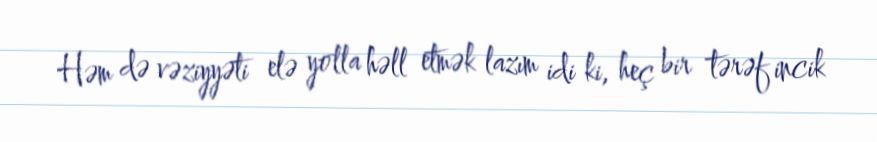
Həm də vəziyyəti elə yolla həll etmək lazım idi ki, heç bir tərəf incik